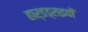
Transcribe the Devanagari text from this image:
हार्डड्राइवों